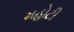
મહોટી